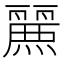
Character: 𮭷